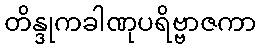
တိန္ဒုကခါဏုပရိဗ္ဗာဇကာ